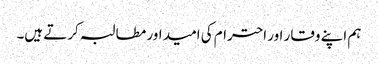
ہم اپنے وقار اور احترام کی امید اور مطالبہ کرتے ہیں۔